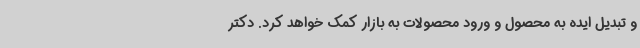
و تبدیل ایده به محصول و ورود محصولات به بازار کمک خواهد کرد. دکتر